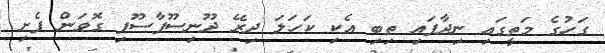
ގަހުގެ މަތީގައި ނިދާފައި ތިބި އެކި ކަހަލަ ދިރޭ ދޫނިސޫފާސޫފި ގޮވަން ފެށި